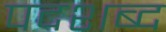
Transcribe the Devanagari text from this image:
पदशब्द